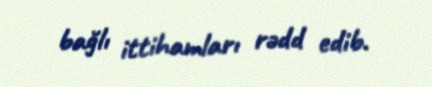
bağlı ittihamları rədd edib.